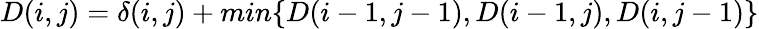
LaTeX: D(i,j)=\delta(i,j)+min\{ D(i-1,j-1),D(i-1,j),D(i,j-1)\}